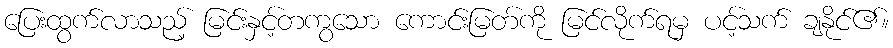
ပြေးထွက်လာသည့် မြင်းနှင့်တကွသော ကောင်းမြတ်ကို မြင်လိုက်ရမှ ပင့်သက် ချနိုင်၏။